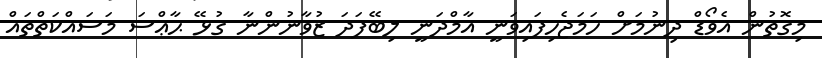
މިގޮތުން އެވޯޑް ދިނުމަށް ހަމަޖެހިފައިވަނީ އާމްދަނީ ލިބޭފަދަ ޒުވާނުންނާ ގުޅޭ ޙާޢްސަ މަސައްކަތްތައް